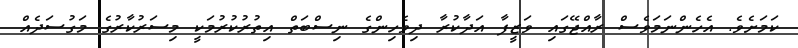
ކަމަށެވެ. އެހެންނަމަވެސް ރާއްޖޭގައި ވަޒީފާ އަދާކުރާ ދިވެހިންގެ ނިސްބަތް އިތުރުކުރުމަކީ މިސަރުކާރުގެ މަގުސަދެއް